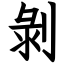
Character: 剝